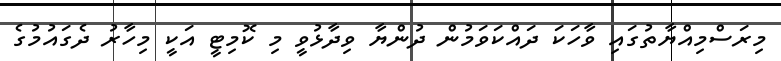
މިރަސްމިއްޔާތުގައި ވާހަކަ ދައްކަވަމުން ދުންޔާ ވިދާޅުވީ މި ކޮމިޓީ އަކީ މިހާރު ދެގައުމުގެ